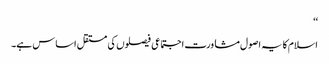
‘‘
اسلام کا یہ اصول مشاورت اجتماعی فیصلوں کی مستقل اساس ہے۔